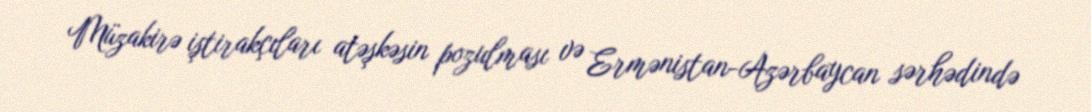
Müzakirə iştirakçıları atəşkəsin pozulması və Ermənistan-Azərbaycan sərhədində